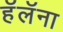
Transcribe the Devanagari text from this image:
हॅलॅना